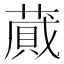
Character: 蕆